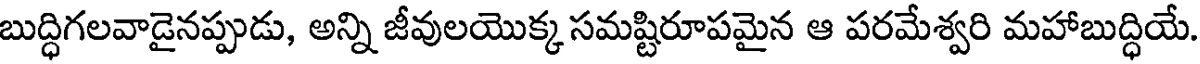
బుద్ధిగలవాడైనప్పుడు, అన్ని జీవులయొక్క సమష్టిరూపమైన ఆ పరమేశ్వరి మహాబుద్ధియే.